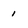
Character: i